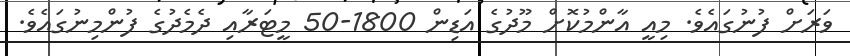
ވަރަށް ފުނުގައެވެ. މިއީ އާންމުކޮށް މޫދުގެ އަޑިން 1800-50 މީޓަރާއި ދެމެދުގެ ފުންމިނުގައެވެ.